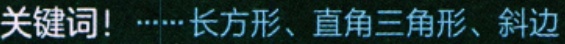
关键词！……长方形、直角三角形、斜边